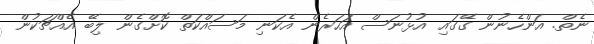
ނެތް. އަންހެނުން ގޭގައި އުޅުނަސް އަހަރެން އެކަނި މަސައްކަތް ކޮށްގެން ލިބޭ އެއްޗަކުން